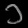
Digit: ၁